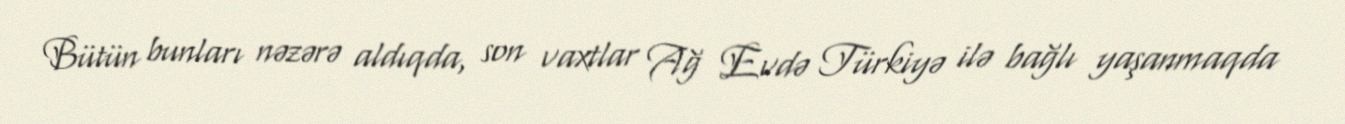
Bütün bunları nəzərə aldıqda, son vaxtlar Ağ Evdə Türkiyə ilə bağlı yaşanmaqda